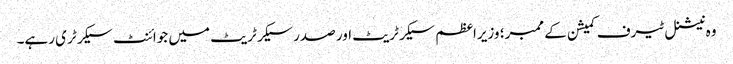
وہ نیشنل ٹیرف کمیشن کے ممبر؛ وزیراعظم سیکرٹریٹ اور صدر سیکرٹریٹ میں جوائنٹ سیکرٹری رہے۔